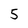
Character: 5